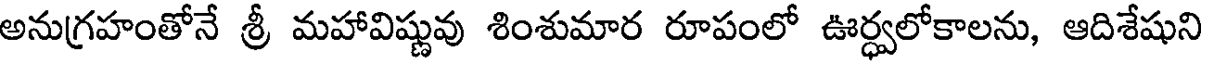
అనుగ్రహంతోనే శ్రీ మహావిష్ణువు శింశుమార రూపంలో ఊర్ధ్వలోకాలను, ఆదిశేషుని